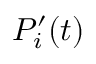
P _ { i } ^ { \prime } ( t )